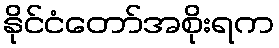
နိုင်ငံတော်အစိုးရက